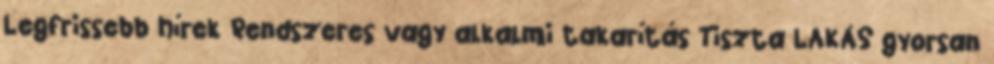
Legfrissebb hírek Rendszeres vagy alkalmi takarítás Tiszta LAKÁS gyorsan